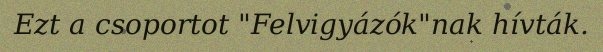
Ezt a csoportot "Felvigyázók"nak hívták.